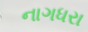
નાગધરા